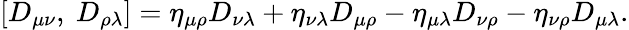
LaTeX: \left[D_{\mu\nu},\ D_{\rho\lambda}\right]=\eta_{\mu\rho}D_{\nu\lambda}+\eta_{\nu\lambda}D_{\mu\rho}-\eta_{\mu\lambda}D_{\nu\rho}-\eta_{\nu\rho}D_{\mu\lambda}.